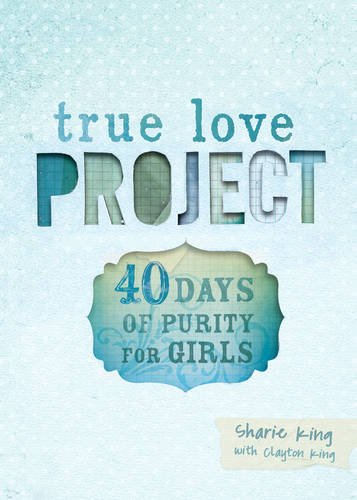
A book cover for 40 Days of Purity for Girls (True Love Project); Sharie King; Teen & Young Adult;